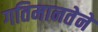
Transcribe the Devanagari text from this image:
गतिमानतेने